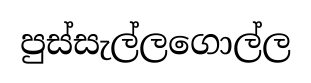
පුස්සැල්ලගොල්ල